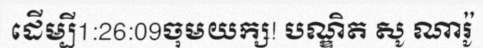
ដើម្បី1:26:09ចុមយក្ស! បណ្ឌិត សូ ណារ៉ូ